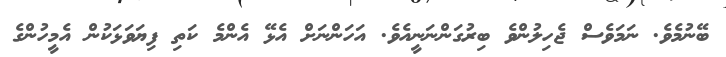
ބޭނުމެވެ. ނަމަވެސް ޖެހިލުންވެ ބިރުގަންނަނީއެވެ. އަހަންނަށް އެޅޭ އެންމެ ކަތި ފިޔަވަޅަކުން އެމީހުންގެ